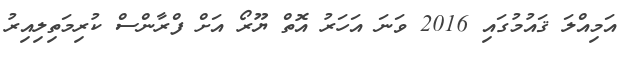
އަމިއްލަ ޤައުމުގައި 2016 ވަނަ އަހަރު އޮތް ޔޫރޯ އަށް ފްރާންސް ކުރިމަތިލިއިރު